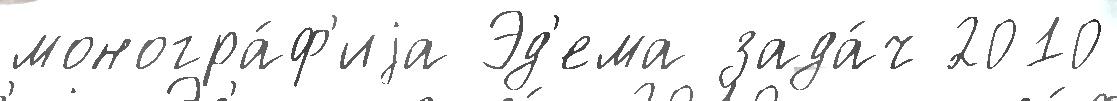
моногра́ф'иjа Эд'ема зада́ч 2010